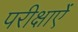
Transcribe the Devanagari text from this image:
परीक्षाऐं